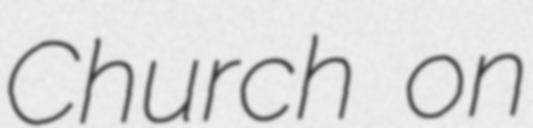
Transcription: Church on